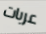
عربات